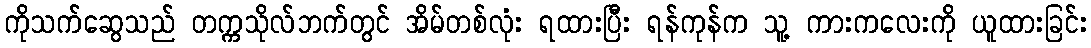
ကိုသက်ဆွေသည် တက္ကသိုလ်ဘက်တွင် အိမ်တစ်လုံး ရထားပြီး ရန်ကုန်က သူ့ ကားကလေးကို ယူထားခြင်း